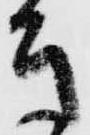
き